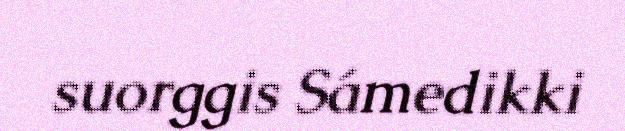
suorggis Sámedikki